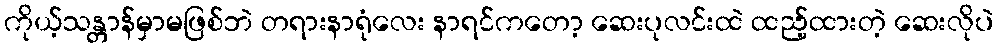
ကိုယ့်သန္တာန်မှာမဖြစ်ဘဲ တရားနာရုံလေး နာရင်ကတော့ ဆေးပုလင်းထဲ ထည့်ထားတဲ့ ဆေးလိုပဲ